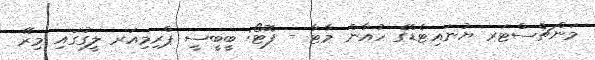
މަންޗެސްޓަރ ޔުނައިޓެޑްގެ ހުއާން މާޓާ - ފޮޓޯ: ބީބީސީ ޕްރިމިއަރ ލީގުގައި މިރޭ